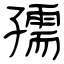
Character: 孺